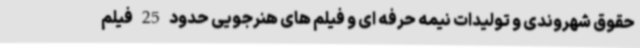
حقوق شهروندی و تولیدات نیمه حرفه ای و فیلم های هنرجویی حدود 25 فیلم